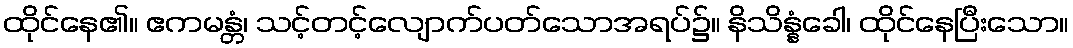
ထိုင်နေ၏။ ဧကမန္တံ၊ သင့်တင့်လျောက်ပတ်သောအရပ်၌။ နိသိန္နံခေါ၊ ထိုင်နေပြီးသော။